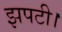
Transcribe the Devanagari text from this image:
झपटी।